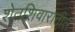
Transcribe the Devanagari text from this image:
शेतशिवारातील